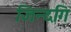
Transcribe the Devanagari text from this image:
जिन्दगि